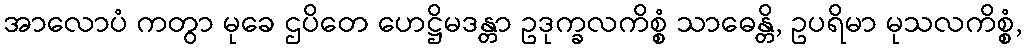
အာလောပံ ကတွာ မုခေ ဌပိတေ ဟေဋ္ဌိမဒန္တာ ဥဒုက္ခလကိစ္စံ သာဓေန္တိ, ဥပရိမာ မုသလကိစ္စံ,